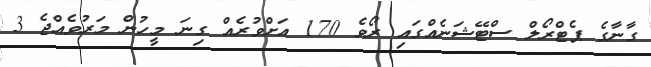
ގާނާގެ ޕެޓްރޯލް ސްޓޭޝަނެއްގައި ރޯވެ 170 އަށްވުރެއް ގިނަ މީހުން މަރުވެއްޖެ 3